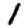
Digit: 1